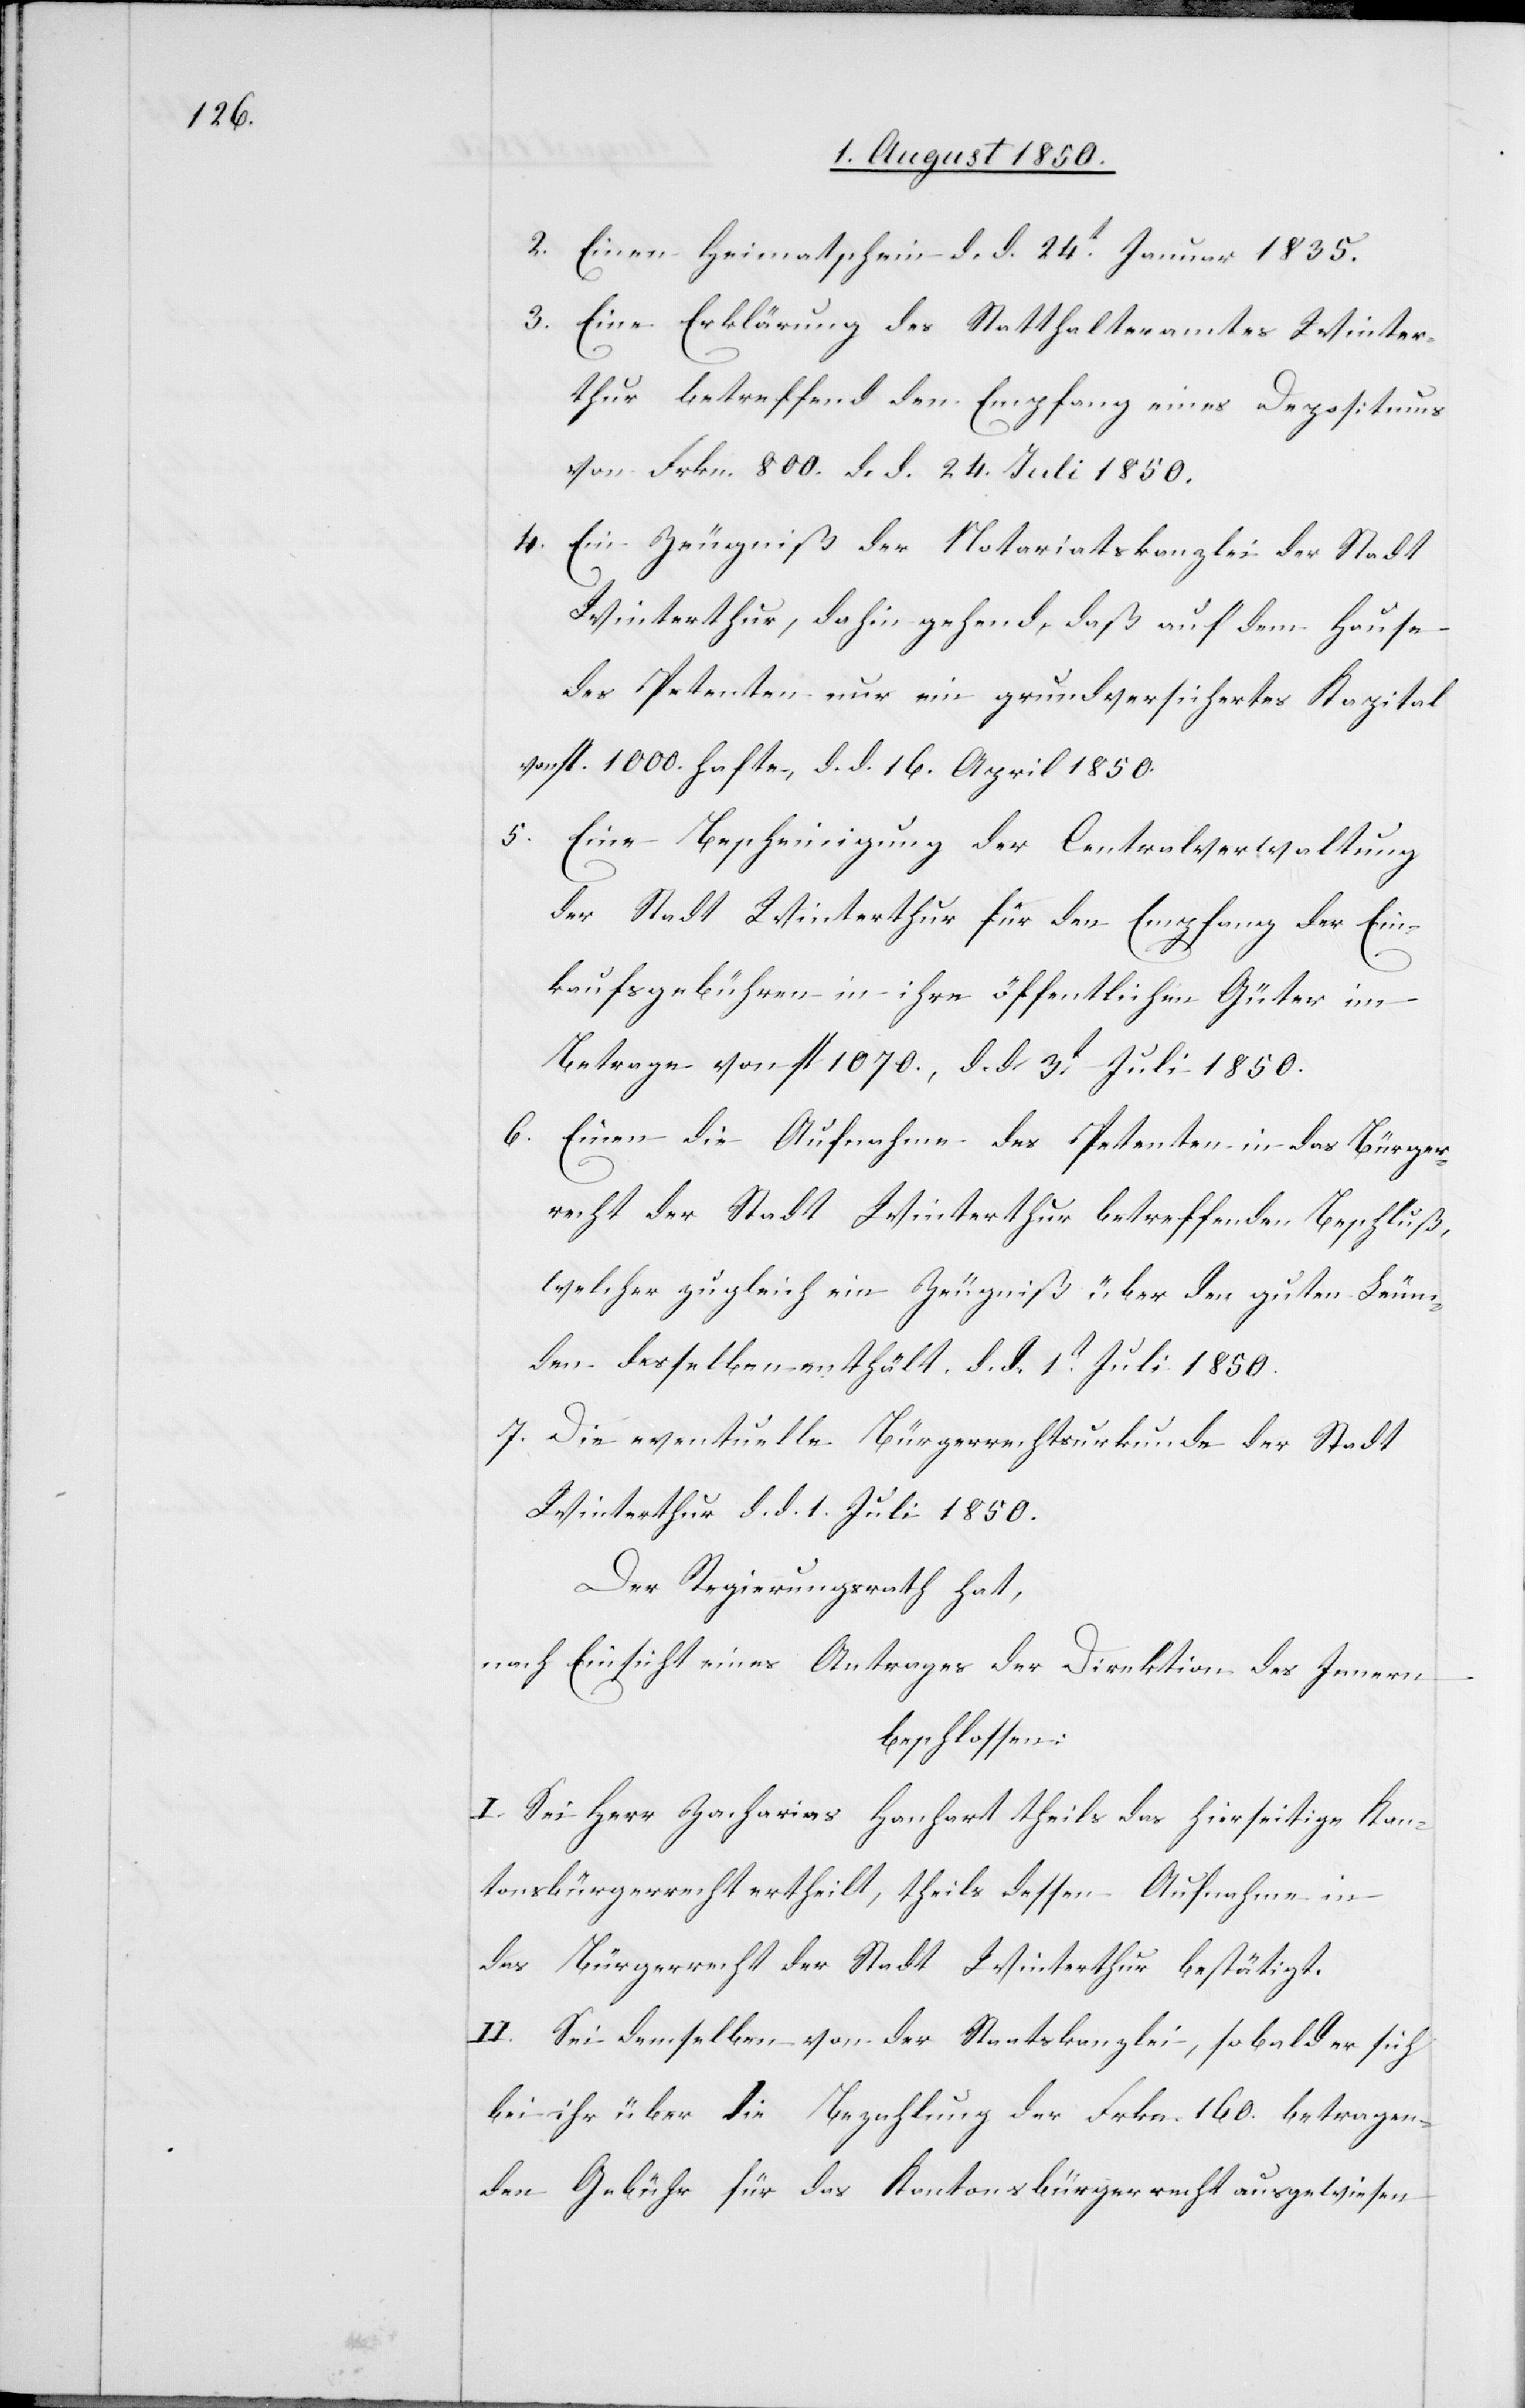
2. Einen Heimatschein d. d. 24t Januar 1835.
3. Eine Erklärung des Statthalteramtes Winter¬
thur betreffend den Empfang eines Depositums
von Frkn. 800. d. d. 24. Juli 1850.
4. Ein Zeugniß der Notariatskanzlei der Stadt
Winterthur, dahin gehend, daß auf dem Hause
des Petenten nur ein grundversichertes Kapital
von fl. 1000. Hafte, d. d. 16. April 1850.
5. Eine Bescheinigung der Centralverwaltung
der Stadt Winterthur für den Empfang der Ein¬
kaufsgebühren in ihre öffentlichen Güter im
Betrage von fl 1070., d. d. 3t Juli 1850.
6. Einen die Aufnahme des Petenten in das Bürger¬
recht der Stadt Winterthur betreffenden Beschluß,
welcher zugleich ein Zeugniß über den guten Leum¬
den desselben enthält. d. d. 1t Juli 1850.
7. Die eventuelle Bürgerrechtsurkunde der Stadt
Winterthur d. d. 1. Juli 1850.
Der Regierungsrath hat,
nach Einsicht eines Antrages der Direktion des Innern
beschlossen:
I. Sei Herr Zacharias Hanhart theils das hierseitige Kan¬
tonsbürgerrecht ertheilt, theils dessen Aufnahme in
das Bürgerrecht der Stadt Winterthur bestätigt.
II. Sei demselben von der Staatskanzlei, so bald er sich
bei ihr über die Bezahlung der Frkn. 160. betragen¬
den Gebühr für das Kantonsbürgerrecht ausgewiesen